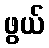
ဖွယ်